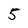
Character: 5